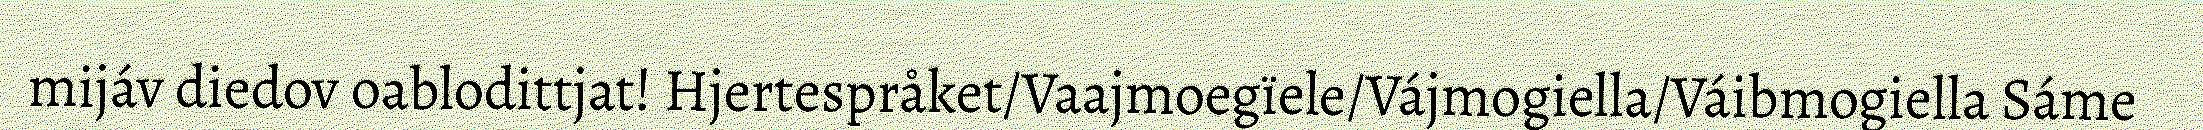
mijáv diedov oablodittjat! Hjertespråket/Vaajmoegïele/Vájmogiella/Váibmogiella Sáme